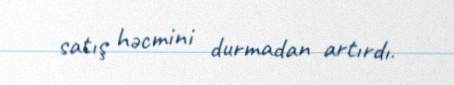
satış həcmini durmadan artırdı.